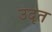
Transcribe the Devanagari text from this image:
उदृत